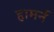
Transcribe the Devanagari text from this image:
हामर्न